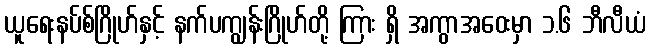
ယူရေးနပ်စ်ဂြိုဟ်နှင့် နက်ပကျွန်းဂြိုဟ်တို့ ကြား ရှိ အကွာအဝေးမှာ ၁.၆ ဘီလီယံ